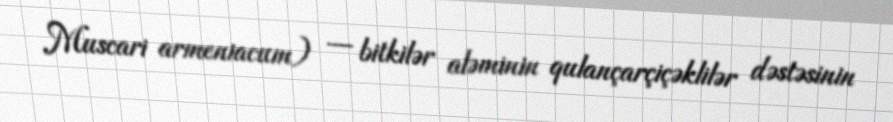
Muscari armeniacum) — bitkilər aləminin qulançarçiçəklilər dəstəsinin